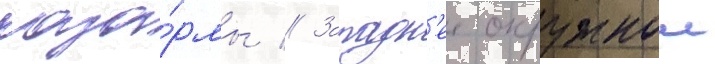
каза́рмы // Западн'ее окружнои